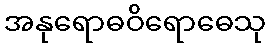
အနုရောဓဝိရောဓေသု